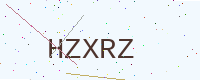
Text: HZXRZ